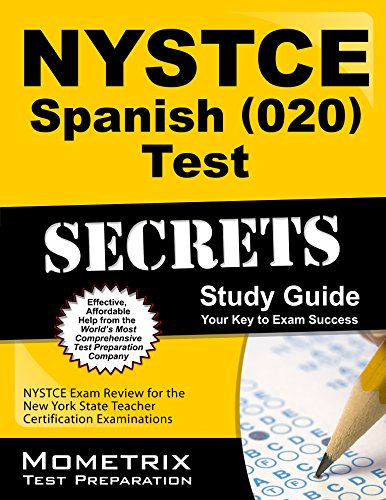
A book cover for NYSTCE Spanish (020) Test Secrets Study Guide: NYSTCE Exam Review for the New York State Teacher Certification Examinations; NYSTCE Exam Secrets Test Prep Team; Test Preparation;